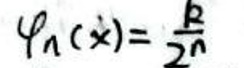
$\varphi _ { n } ( x ) = \frac { R } { 2 ^ { n } }$